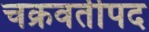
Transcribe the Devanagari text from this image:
चक्रवर्तीपद